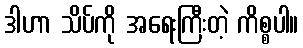
ဒါဟာ သိပ်ကို အရေးကြီးတဲ့ ကိစ္စပါ။